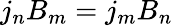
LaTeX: j_{n}B_{m}=j_{m}B_{n}